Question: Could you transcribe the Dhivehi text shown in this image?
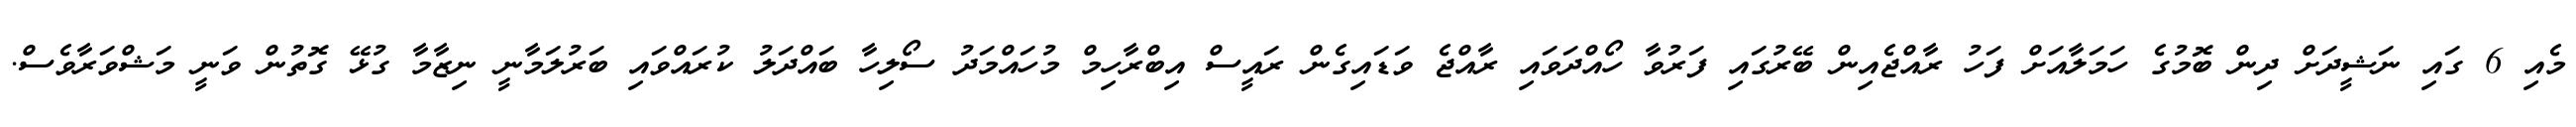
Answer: މެއި 6 ގައި ނަޝީދަށް ދިން ބޮމުގެ ހަމަލާއަށް ފަހު ރާއްޖެއިން ބޭރުގައި ފަރުވާ ހޯއްދަވައި ރާއްޖެ ވަޑައިގެން ރައީސް އިބްރާހިމް މުހައްމަދު ސޯލިހާ ބައްދަލު ކުރައްވައި ބަރުލަމާނީ ނިޒާމާ ގުޅޭ ގޮތުން ވަނީ މަޝްވަރާވެސް.